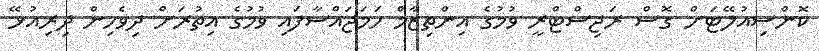
ކޮންސިއުލޭޓަށް ގޮސް ރަޖިސްޓްރީ ވުމުގެ އިންތިޒާމް ހަމަޖައްސާފައި ވުމުގެ އިތުރަށް ދިވެހިން ދިރިއުޅޭ